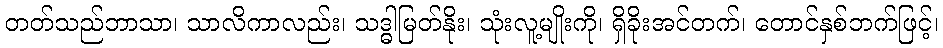
တတ်သည်ဘာသာ၊ သာလိကာလည်း၊ သဒ္ဓါမြတ်နိုး၊ သုံးလူ့မျိုးကို၊ ရှိခိုးအင်တက်၊ တောင်နှစ်ဘက်ဖြင့်၊